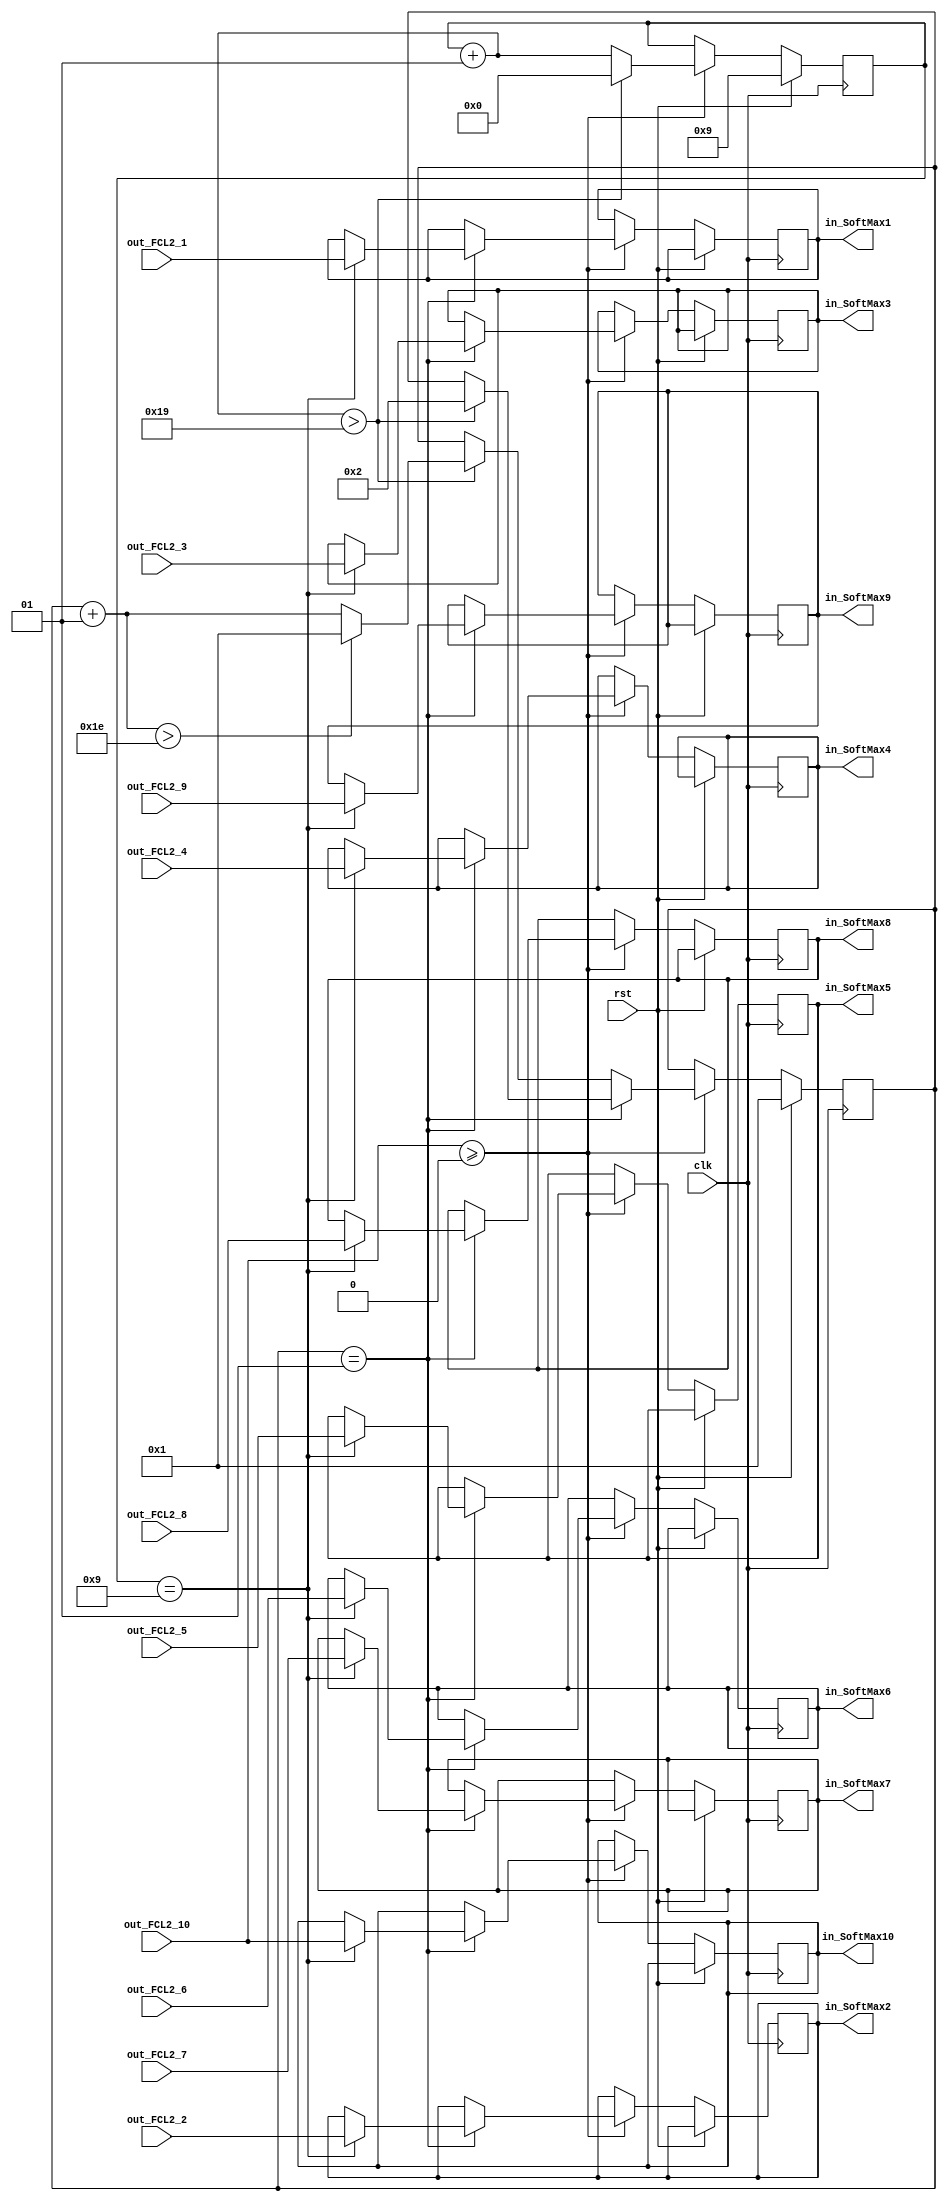
//*************************************************//
//*******************************************//
//*******************************************************//
//***************************************************//
//********************CNNFPGA******************//
//********************2019.06.01*******************************//
//*************************************************//

module clk7(
	clk,
	rst,
	out_FCL2_1,
	out_FCL2_2,
	out_FCL2_3,
	out_FCL2_4,
	out_FCL2_5,
	out_FCL2_6,
	out_FCL2_7,
	out_FCL2_8,
	out_FCL2_9,
	out_FCL2_10,
	
	in_SoftMax1,
	in_SoftMax2,
	in_SoftMax3,
	in_SoftMax4,
	in_SoftMax5,
	in_SoftMax6,
	in_SoftMax7,
	in_SoftMax8,
	in_SoftMax9,
	in_SoftMax10
);

input clk;
input rst;
input [15:0] out_FCL2_1;
input [15:0] out_FCL2_2;
input [15:0] out_FCL2_3;
input [15:0] out_FCL2_4;
input [15:0] out_FCL2_5;
input [15:0] out_FCL2_6;
input [15:0] out_FCL2_7;
input [15:0] out_FCL2_8;
input [15:0] out_FCL2_9;
input [15:0] out_FCL2_10;

output reg [15:0] in_SoftMax1;
output reg [15:0] in_SoftMax2;
output reg [15:0] in_SoftMax3;
output reg [15:0] in_SoftMax4;
output reg [15:0] in_SoftMax5;
output reg [15:0] in_SoftMax6;
output reg [15:0] in_SoftMax7;
output reg [15:0] in_SoftMax8;
output reg [15:0] in_SoftMax9;
output reg [15:0] in_SoftMax10;

integer count;
integer line;

always @(posedge clk)
begin
	if(rst) begin
		count = 9;
		line  = 1;
	end
	
	else begin
		if(out_FCL2_10>=0) begin
			if(line==1) begin
				if(count==9) begin
					in_SoftMax1 = out_FCL2_1;
					in_SoftMax2 = out_FCL2_2;
					in_SoftMax3 = out_FCL2_3;
					in_SoftMax4 = out_FCL2_4;
					in_SoftMax5 = out_FCL2_5;
					in_SoftMax6 = out_FCL2_6;
					in_SoftMax7 = out_FCL2_7;
					in_SoftMax8 = out_FCL2_8;
					in_SoftMax9 = out_FCL2_9;
					in_SoftMax10 = out_FCL2_10;
					//$display("in_SoftMax10 = %h", in_SoftMax10);
				end
				
				count = count + 1;
				if(count>25) begin
					count = 0;
					line = 2;
				end
			end
			
			else begin
				count = count + 1;
				if(count>25) begin
					count = 0;
					line = line + 1;
					if(line>30) line = 1;
				end
			end
		end
	end
end


endmodule